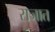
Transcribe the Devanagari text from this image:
राजात